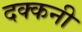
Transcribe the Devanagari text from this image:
दक्‍कनी